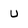
Character: u